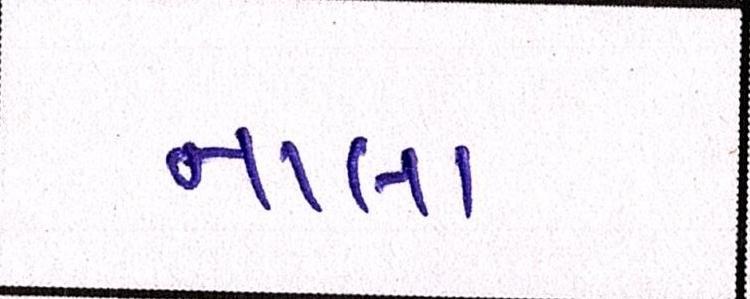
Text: નાલા